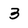
Character: 3